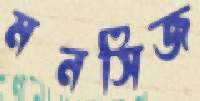
মনসিজ